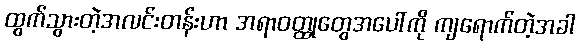
ထွက်သွားတဲ့အလင်းတန်းဟာ အရာဝတ္ထုတွေအပေါ်ကို ကျရောက်တဲ့အခါ